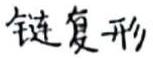
链复形